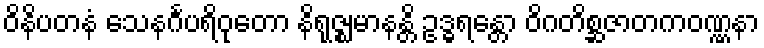
ဝိနိပတနံ သေနင်္ဂပရိဝုတော နိရုဇ္ဈမာနန္တိ ဥဒ္ဓရန္တော ဝိဂတိစ္ဆဇာတကဝဏ္ဏနာ